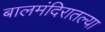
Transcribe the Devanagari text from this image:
बालमंदिरातल्या